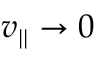
v _ { | | } \to 0